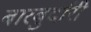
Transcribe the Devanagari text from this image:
बारबुर्दारी